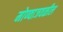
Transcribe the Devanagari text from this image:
मोण्वाजवळील